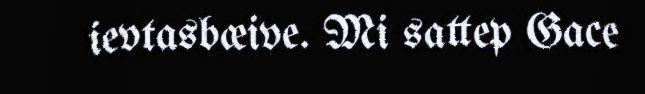
ievtasbæive. Mi sattep Gace